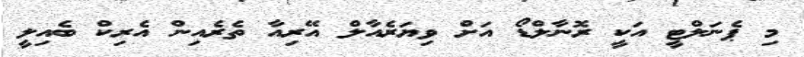
މި ޕެނަލްޓީ އަކީ ރޮނާލްޑޯ އަށް ވިޔަރެއާލް އޭރިއާ ތެރެއިން އެރިކް ބެއިލީ